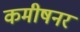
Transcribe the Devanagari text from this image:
कमीषनर